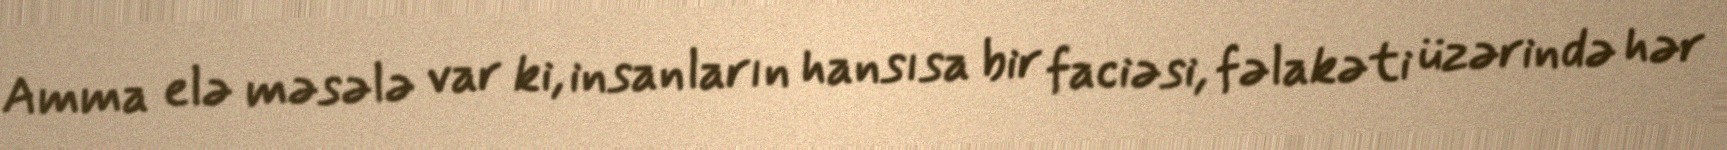
Amma elə məsələ var ki, insanların hansısa bir faciəsi, fəlakəti üzərində hər